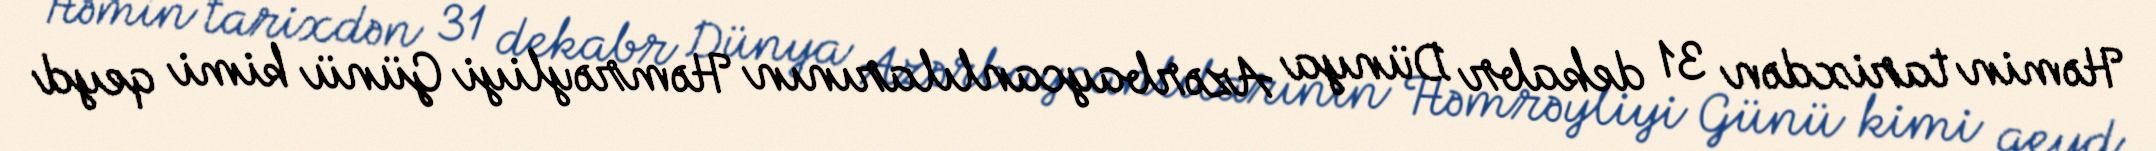
Həmin tarixdən 31 dekabr Dünya Azərbaycanlılarının Həmrəyliyi Günü kimi qeyd